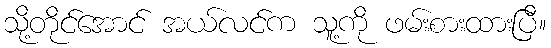
သို့တိုင်အောင် အယ်လင်က သူ့ကို ဖမ်းစားထားပြီ။